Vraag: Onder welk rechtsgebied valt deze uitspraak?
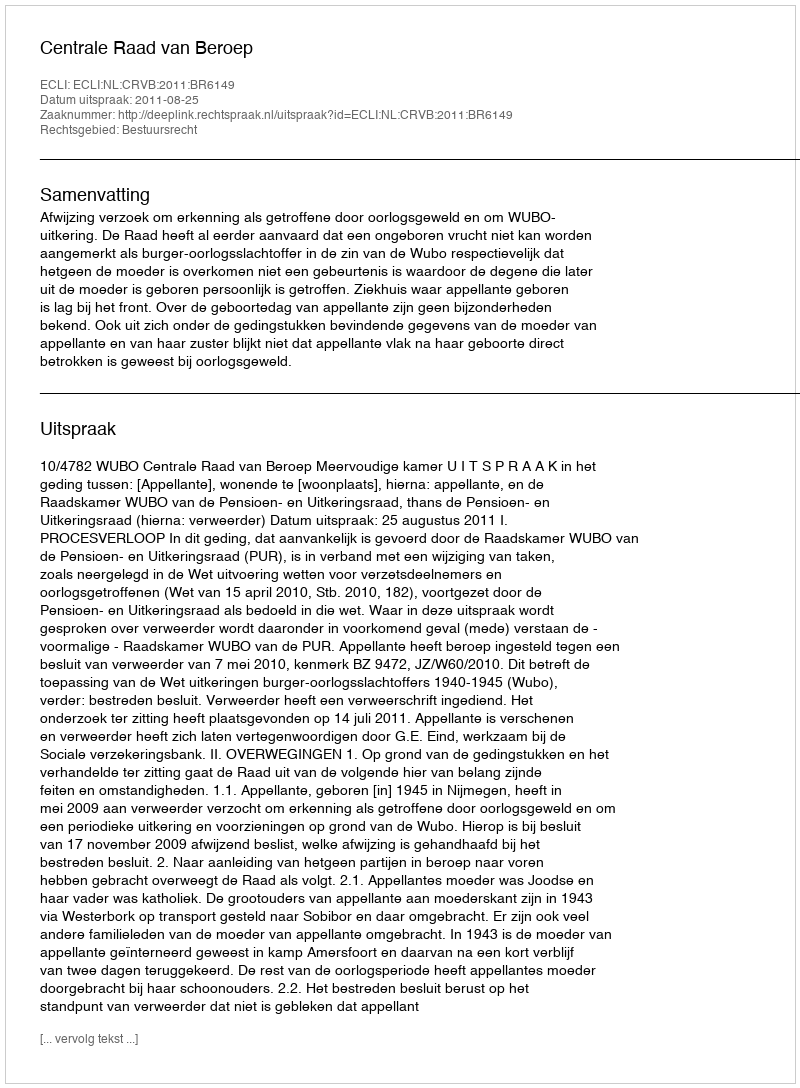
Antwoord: Bestuursrecht